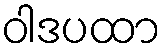
ဝါဒပထာ